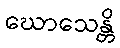
ဃောသေန္တိ